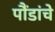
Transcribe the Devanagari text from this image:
पौंडांचे